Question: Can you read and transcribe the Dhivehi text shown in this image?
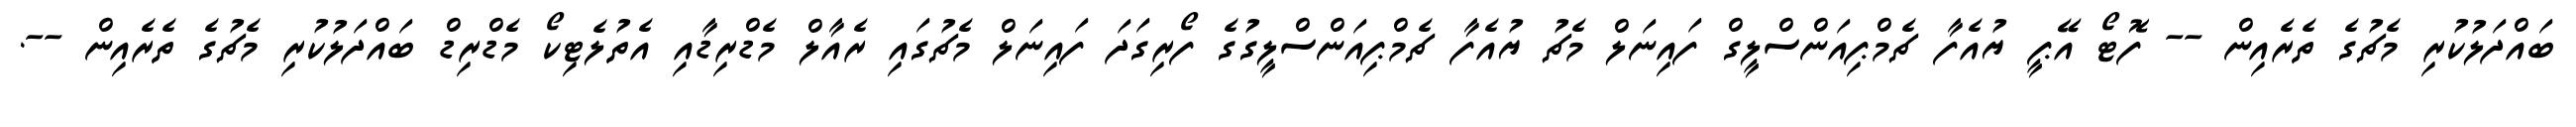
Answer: ބައްދަލުކުރި މެޗުގެ ތެރެއިން -- ފޮޓޯ އޭޕީ ޔުއެފާ ޗެމްޕިއަންސްލީގް ފައިނަލް މެޗު ޔުއެފާ ޗެމްޕިއަންސްލީގުގެ ފޯރިގަދަ ފައިނަލް މެޗުގައި ރެއާލް މެޑްރިޑާއި އެތުލެޓިކޯ މެޑްރިޑް ބައްދަލުކުރި މެޗުގެ ތެރެއިން --.